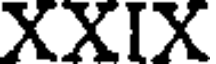
XXIX